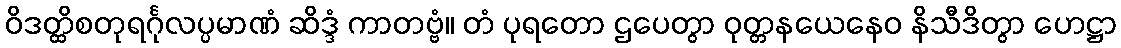
ဝိဒတ္ထိစတုရင်္ဂုလပ္ပမာဏံ ဆိဒ္ဒံ ကာတဗ္ဗံ။ တံ ပုရတော ဌပေတွာ ဝုတ္တနယေနေဝ နိသီဒိတွာ ဟေဋ္ဌာ